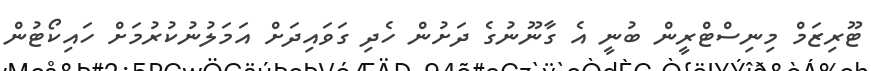
ޓޫރިޒަމް މިނިސްޓްރީން ބުނީ އެ ގާނޫނުގެ ދަށުން ހެދި ގަވައިދަށް އަމަލުނުކުރުމަށް ހައިކޯޓުން